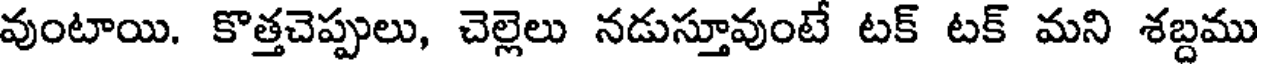
వుంటాయి. కొత్తచెప్పులు, చెల్లెలు నడుస్తూవుంటే టక్ టక్ మని శబ్దము